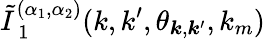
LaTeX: \tilde{I}_{\mathrm{~1~}}^{(\alpha_{1},\alpha_{2})}(k,k^{\prime},\theta_{\boldsymbol{k},\boldsymbol{k}^{\prime}},k_{m})